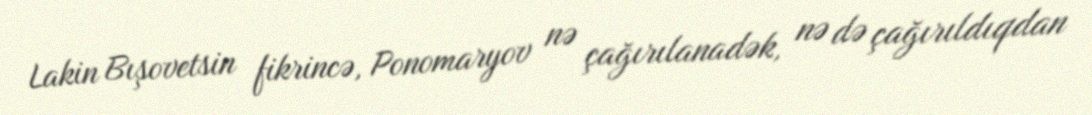
Lakin Bışovetsin fikrincə, Ponomaryov nə çağırılanadək, nə də çağırıldıqdan